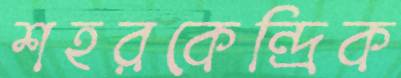
শহরকেন্দ্রিক